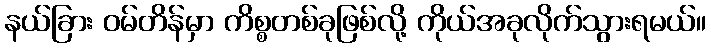
နယ်ခြား ဝမ်တိန်မှာ ကိစ္စတစ်ခုဖြစ်လို့ ကိုယ်အခုလိုက်သွားရမယ်။